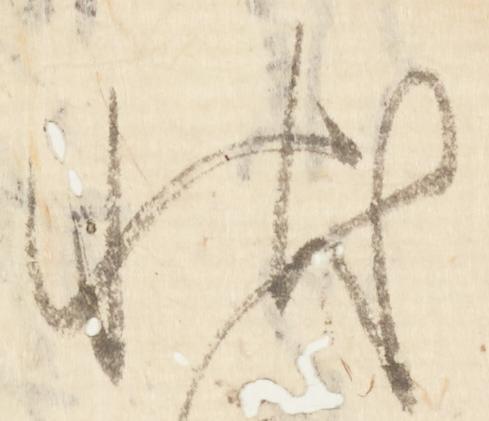
状